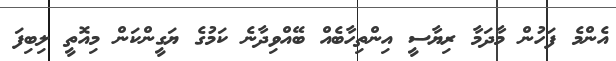
އެންމެ ފަހުން މާދަމާ ރިޔާސީ އިންތިހާބެއް ބޭއްވިދާނެ ކަމުގެ ޔަގީންކަން މިއޮތީ ލިބިފަ